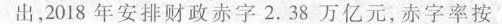
出，2018年安排财政赤字2.38万亿元，赤字率按